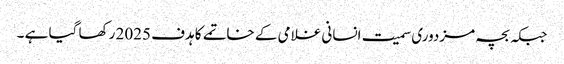
جبکہ بچہ مزدوری سمیت انسانی غلامی کے خاتمے کا ہدف 2025 رکھا گیا ہے ۔